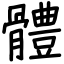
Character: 體